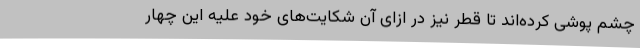
چشم پوشی کرده‌اند تا قطر نیز در ازای آن شکایت‌های خود علیه این چهار